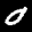
Label: 0